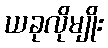
ယခုလိုမျိုး